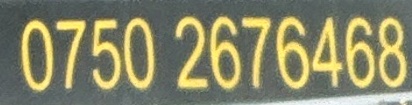
0750 2676468